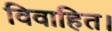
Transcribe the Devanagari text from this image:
विवाहित।